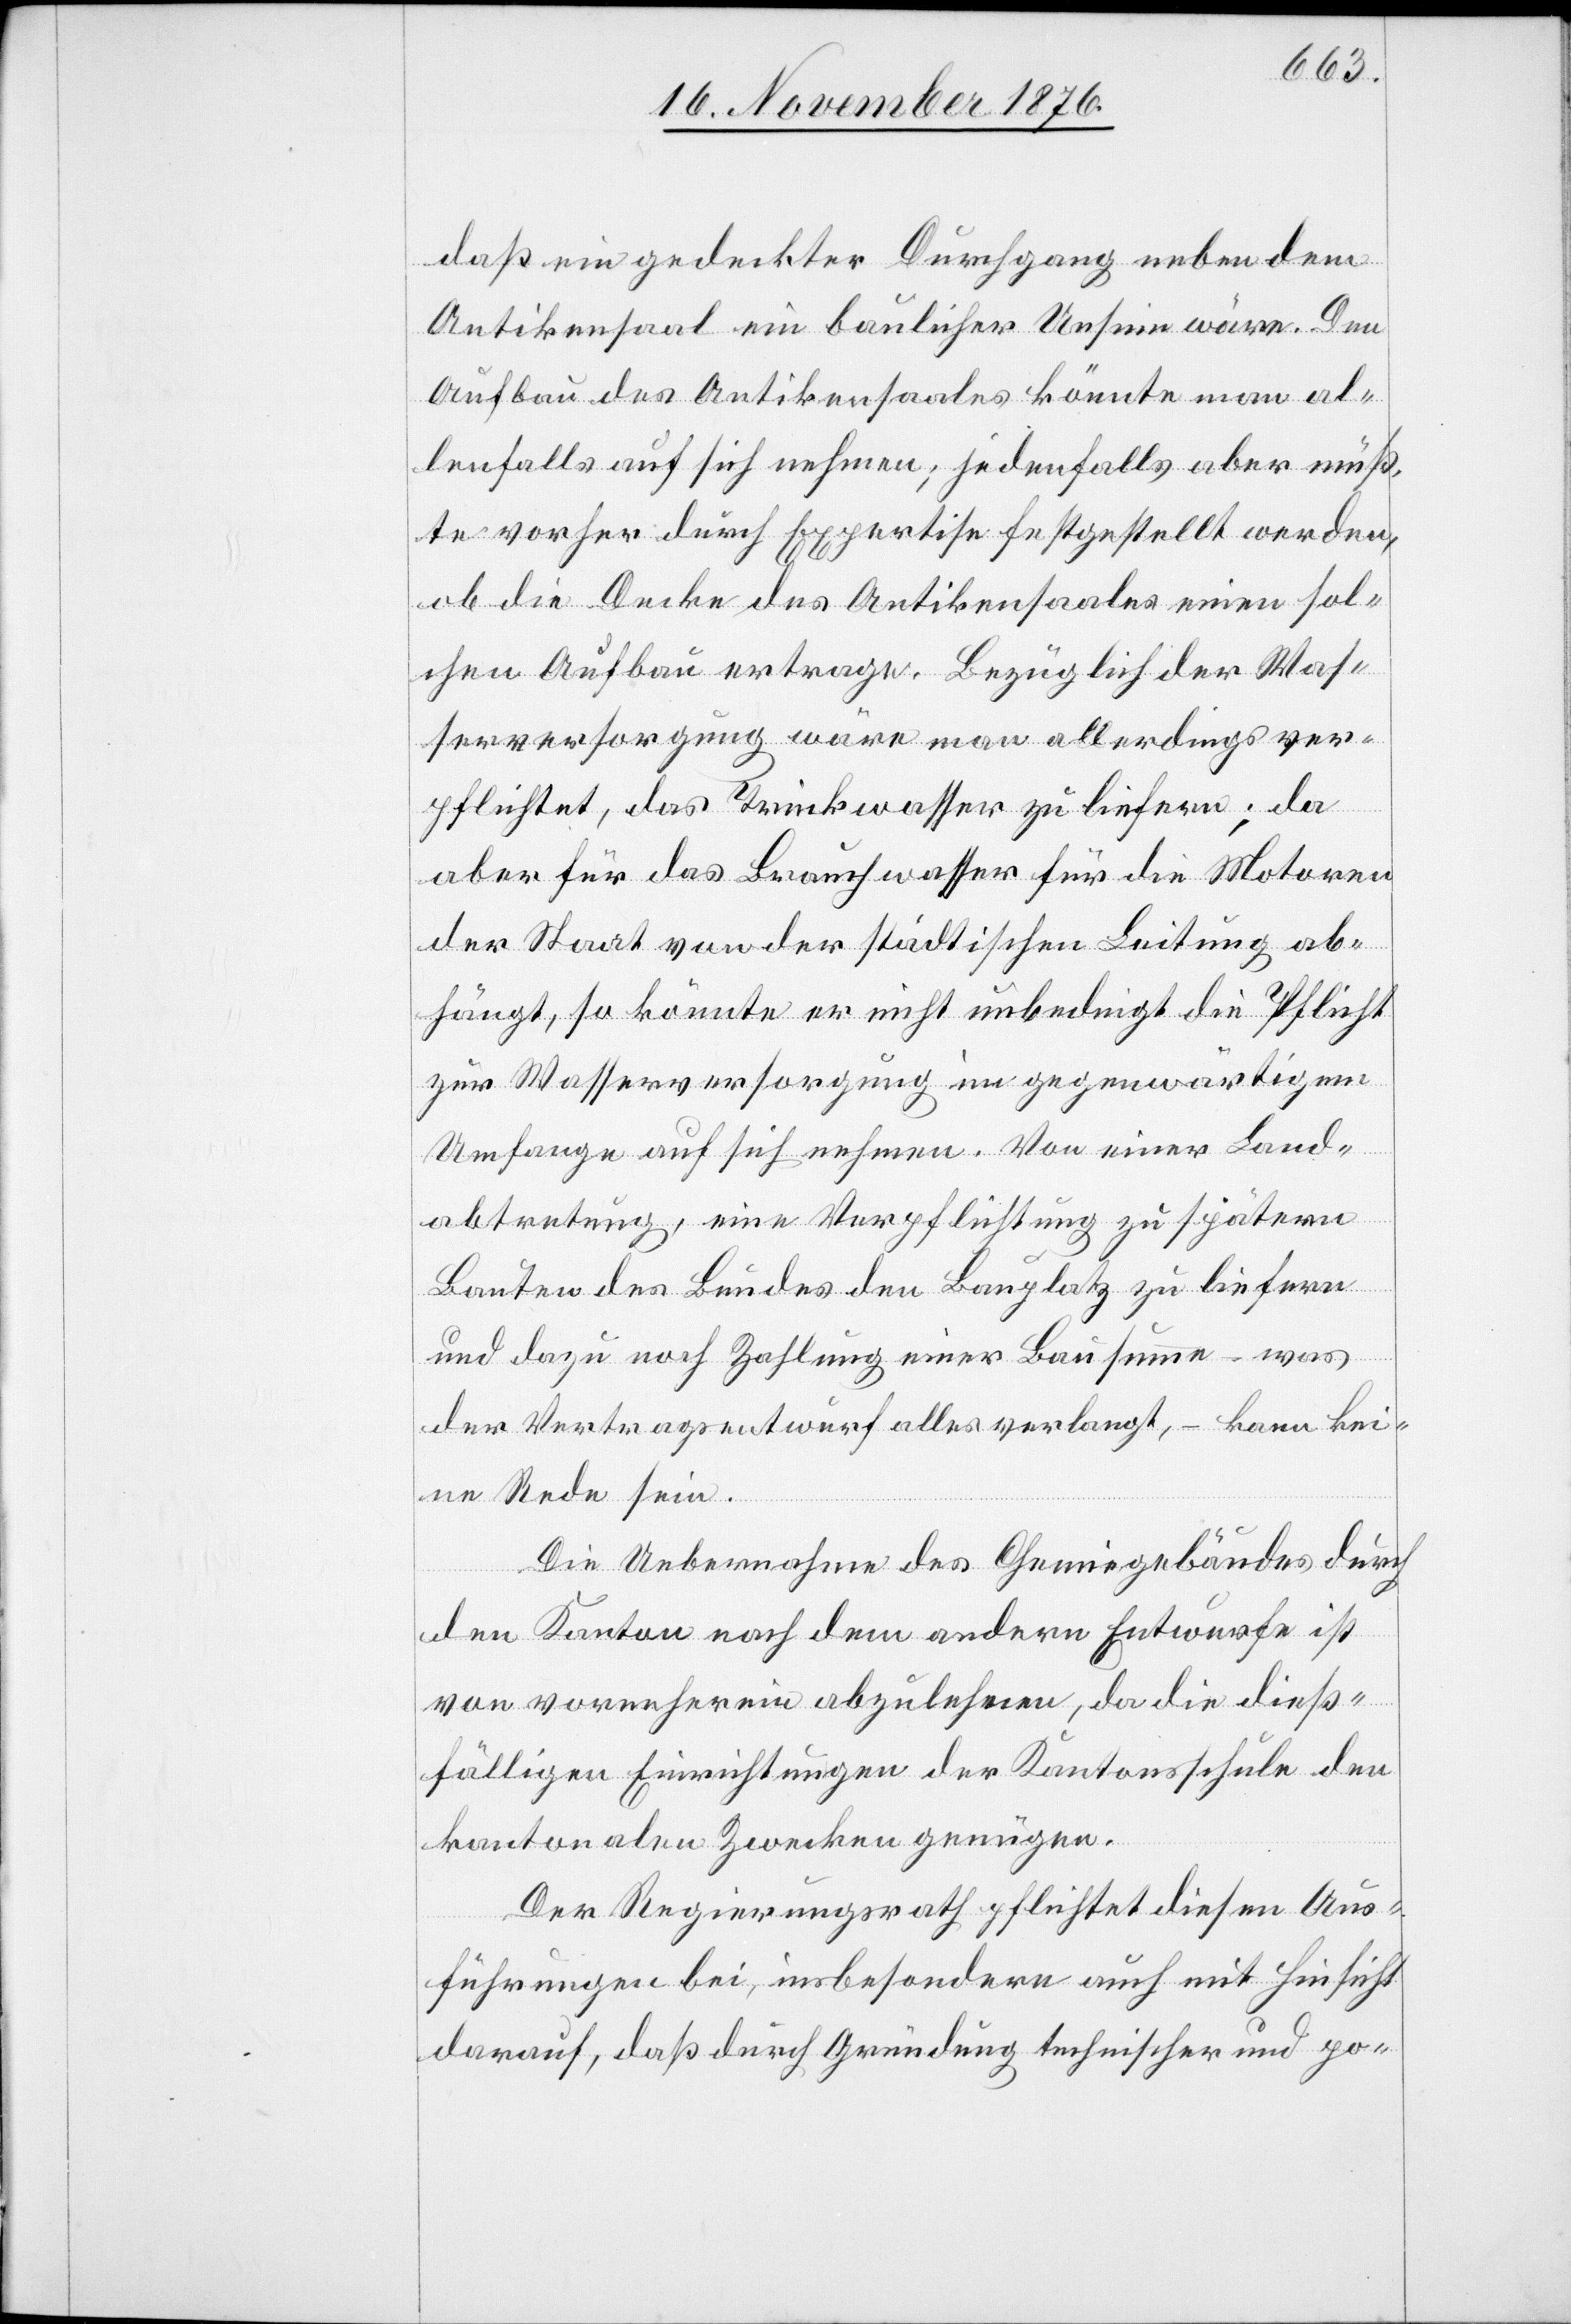
daß ein gedeckter Durchgang neben dem
Antikensaal ein baulicher Unsinn wäre. Den
Aufbau des Antikensaales könnte man al¬
lenfalls auf sich nehmen; jedenfalls aber müß¬
te vorher durch Expertise festgestellt werden,
ob die Decke des Antikensaales einen sol¬
chen Aufbau ertrage. Bezüglich der Was¬
serversorgung wäre man allerdings ver¬
pflichtet, das Trinkwasser zu liefern; da
aber für das Brauchwasser für die Motoren
der Staat von der städtischen Leitung ab¬
hängt, so könnte er nicht unbedingt die Pflicht
zur Wasserversorgung im gegenwärtigem
Umfange auf sich nehmen. Von einer Land¬
abtretung, eine Verpflichtung zu spätern
Bauten des Bundes des den Bauplatz zu liefern
und dazu noch Zahlung einer Bausumme – was
der Vertragsentwurf alles verlangt, – kann kei¬
ne Rede sein.
Die Uebernahme des Chemiegebäudes durch
den Kanton nach dem andern Entwurfe ist
von vorneherein abzulehnen, da die dieß¬
fälligen Einrichtungen der Kantonsschule den
kantonalen Zwecken genügen.
Der Regierungsrath pflichtet diesen Aus¬
führungen bei, insbesondere auch mit Hinsicht
darauf, daß durch Gründung technischer und po-